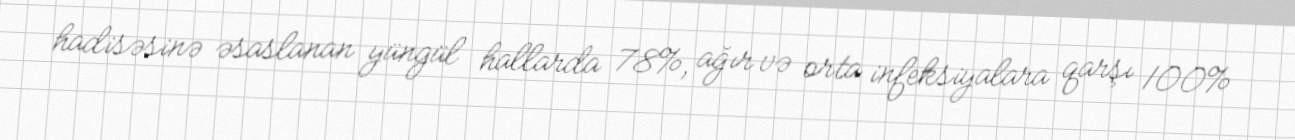
hadisəsinə əsaslanan yüngül hallarda 78%, ağır və orta infeksiyalara qarşı 100%